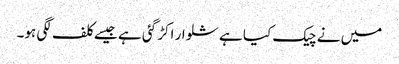
میں نے چیک کیا ہے شلوار اکڑ گئی ہے جیسے کلف لگی ہو۔